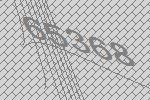
65368